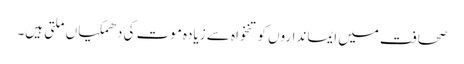
صحافت میں ایمانداروں کو تنخواہ سے زیادہ موت کی دھمکیاں ملتی ہیں۔